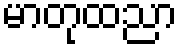
မာတုထညာ